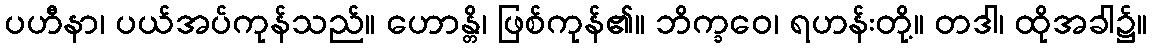
ပဟီနာ၊ ပယ်အပ်ကုန်သည်။ ဟောန္တိ၊ ဖြစ်ကုန်၏။ ဘိက္ခဝေ၊ ရဟန်းတို့။ တဒါ၊ ထိုအခါ၌။